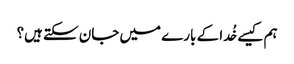
ہم کیسے خُدا کے بارے میں جان سکتے ہیں؟